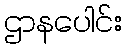
ဌာနပေါင်း